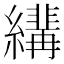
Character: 𦆷